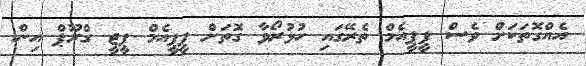
އެއްގޮތަކަށް ވެސް ޕީޕީއެމް ތެރޭގައި ހުޅުރޯވާ ގޮތަށް ޕީޕީއެމް ޕީޖީ ގްރޫޕް އިން